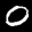
Label: 0